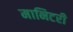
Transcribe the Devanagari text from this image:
मानिटरी